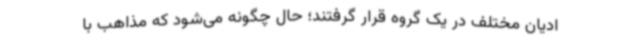
ادیان مختلف در یک گروه قرار گرفتند؛ حال چگونه می‌شود که مذاهب با